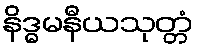
နိဒ္ဓမနီယသုတ္တံ